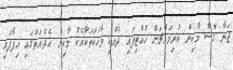
ޖަނާ ގޮސް މާކިން ކުރިމައްޗަށް ހުއްޓިފައި ދެއްކި ވާހަކަތަކާއެކު މާކިން އެދެއަތުގައި ހިފާފައި